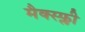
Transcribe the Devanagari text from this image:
मैक्स्फ्ली